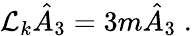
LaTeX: \mathcal{L}_{k}\hat{A}_{3}=3m\hat{A}_{3}\; .